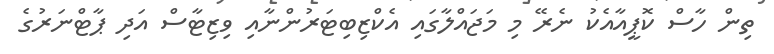
ތިން ހާސް ކޮޕީއާއެކު ނެރޭ މި މަޖައްލާގައި އެކްޒިބިޓަރުންނާއި ވިޒިޓާސް އަދި ޕާޓްނަރުގެ